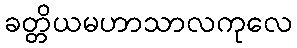
ခတ္တိယမဟာသာလကုလေ